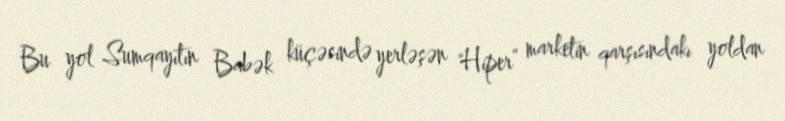
Bu yol Sumqayıtın Babək küçəsində yerləşən "Hiper” marketin qarşısındakı yoldan